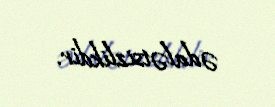
ədalətsizlikdir.